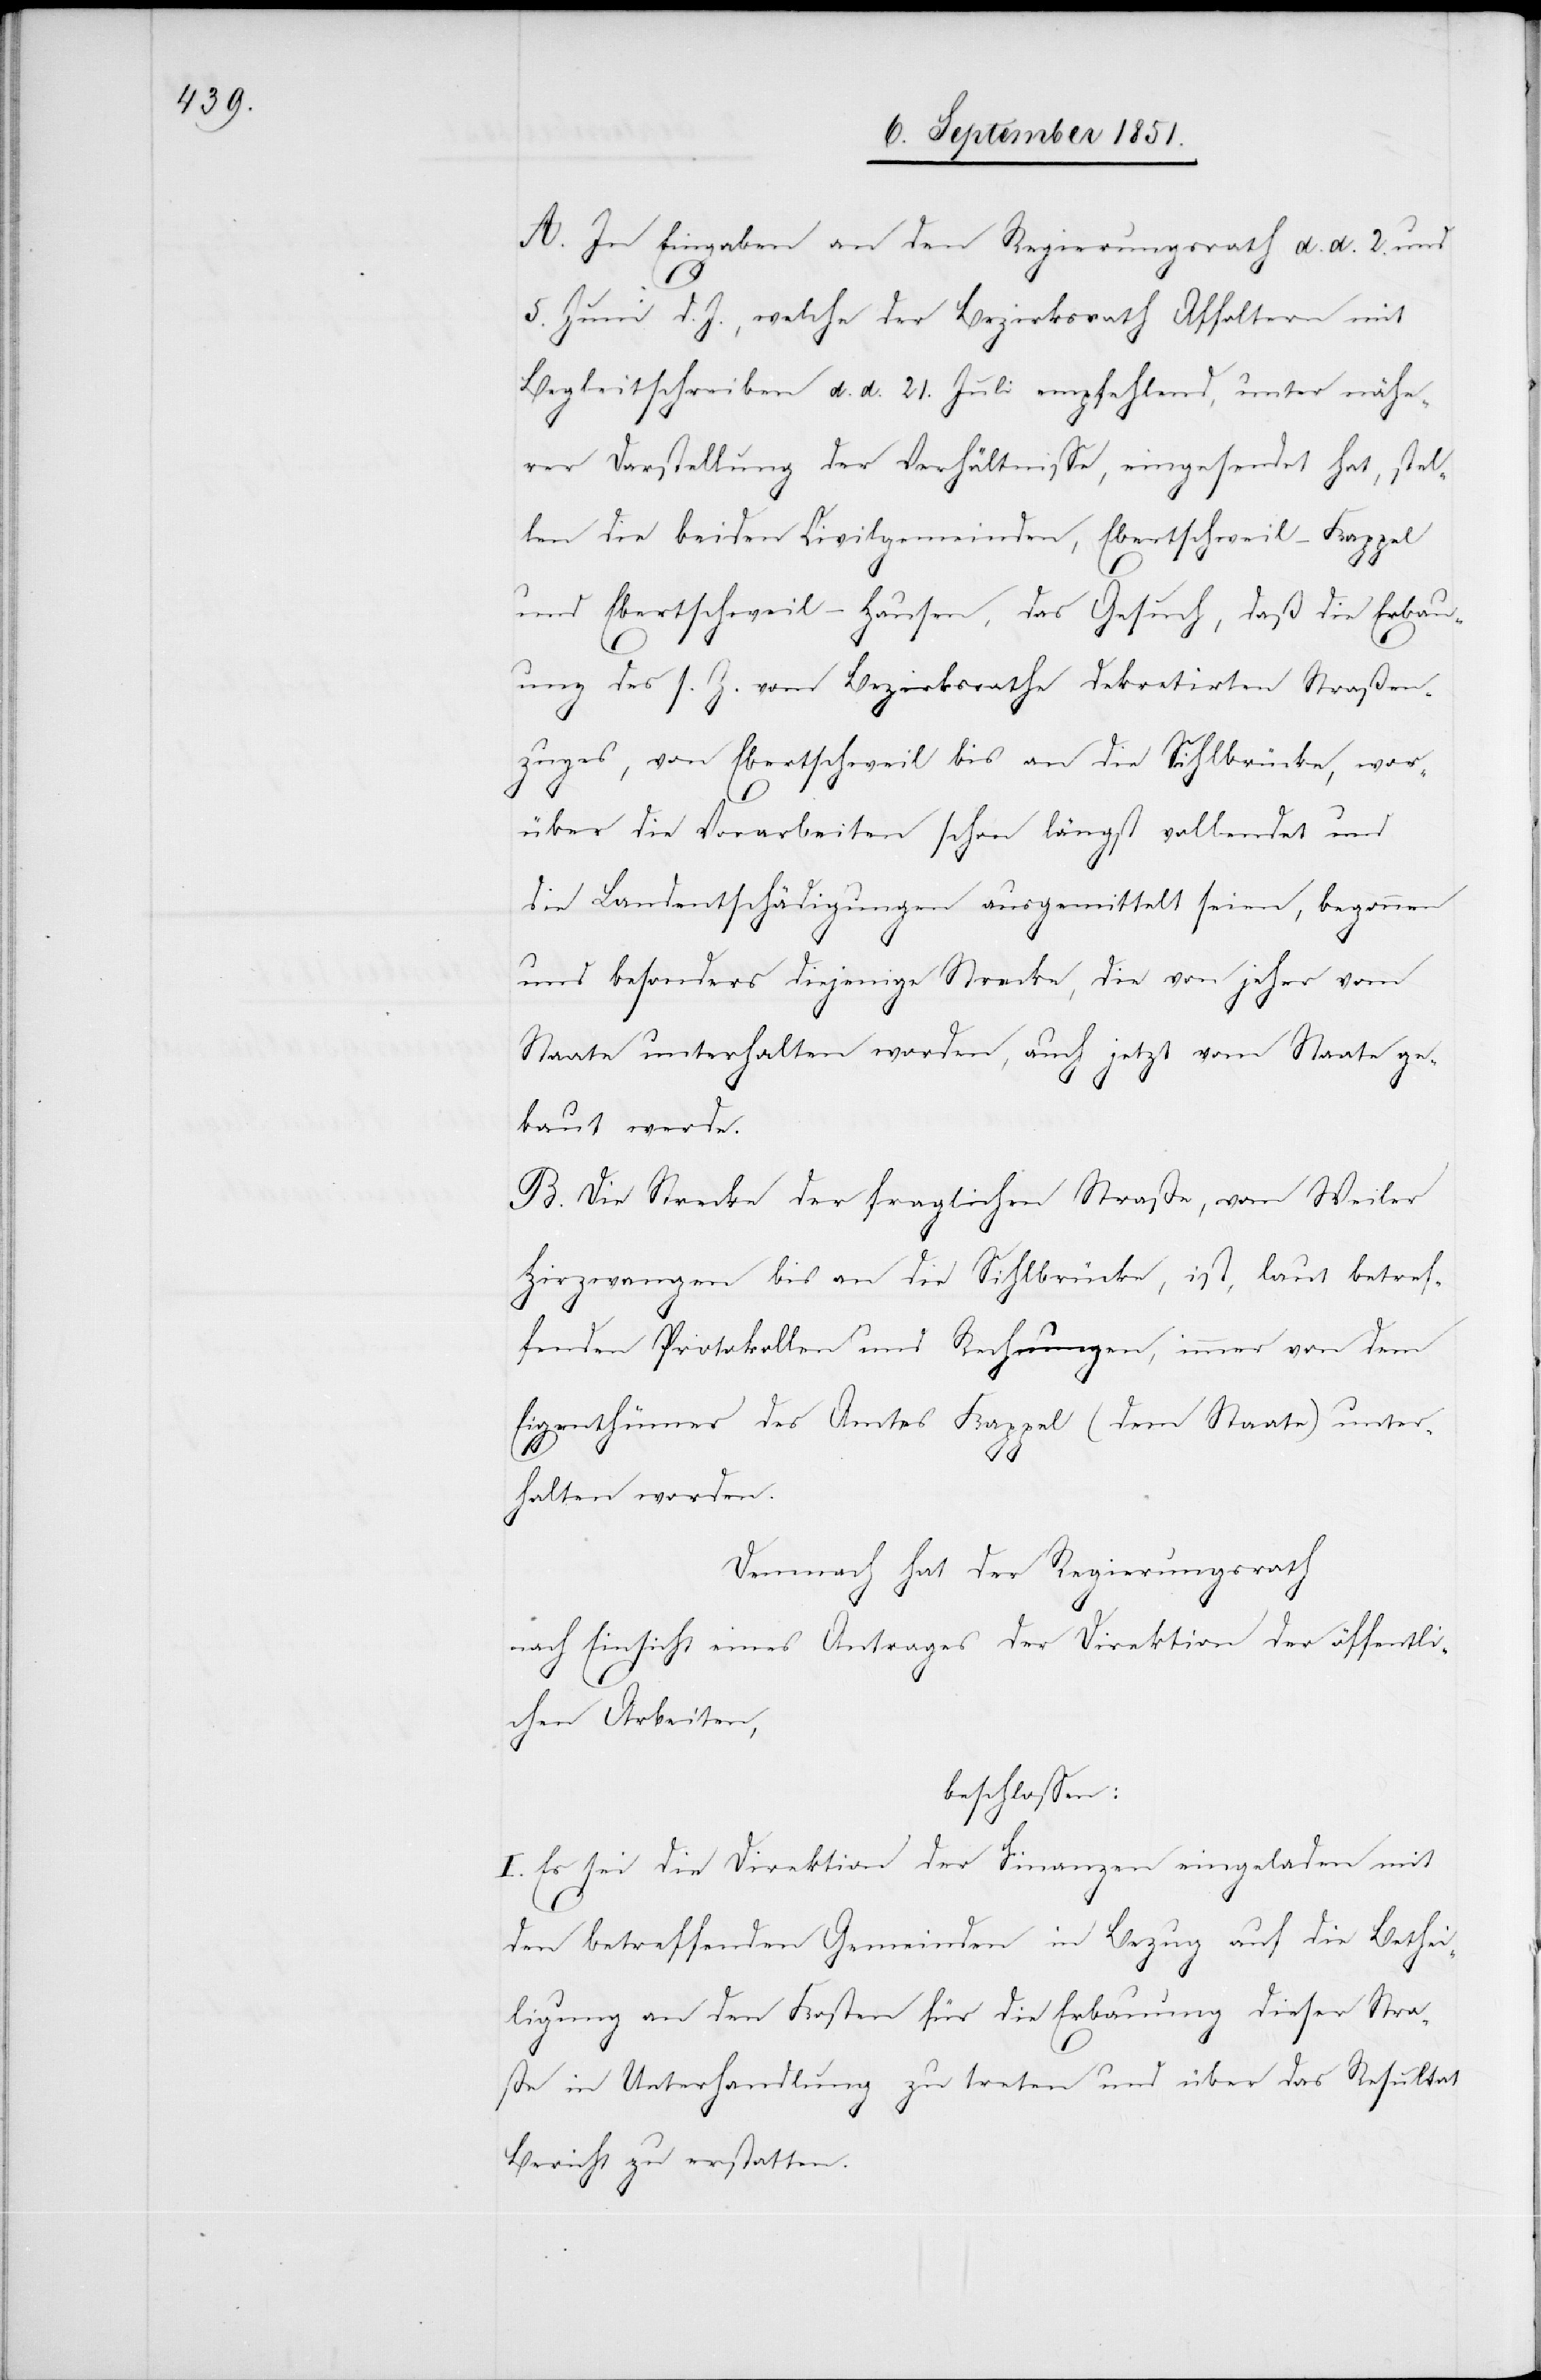
A. In Eingaben an den Regierungsrath d. d. 2. und
5. Juni d. J., welche der Bezirksrath Affoltern mit
Begleitschreiben d. d. 21. Juli empfehlend, unter nähe¬
rer Darstellung der Verhältnisse, eingesendet hat, stel¬
len die beiden Civilgemeinden, Ebertschweil-Kappel
und Ebertschweil-Hausen, das Gesuch, daß die Erbau¬
ung des s. Z. vom Bezirksrathe dekretirten Straßen¬
zuges, von Ebertschweil bis an die Sihlbrücke, wor¬
über die Vorarbeiten schon längst vollendet und
die Landentschädigungen ausgemittelt seien, begonnen
und besonders diejenige Strecke, die von jeher vom
Staate unterhalten worden, auch jetzt vom Staate ge¬
baut werde.
B. Die Strecke der fraglichen Straße, vom Weiler
Hirzwangen bis an die Sihlbrücke, ist, laut betref¬
fenden Protokollen und Rechnungen, immer von dem
Eigenthümer des Amtes Kappel (dem Staate) unter¬
halten worden.
Demnach hat der Regierungsrath
nach Einsicht eines Antrages der Direktion der öffentli¬
chen Arbeiten,
beschlossen:
I. Es sei die Direktion der Finanzen eingeladen mit
den betreffenden Gemeinden in Bezug auf die Bethei¬
ligung an den Kosten für die Erbauung dieser Stra¬
ße in Unterhandlung zu treten und über das Resultat
Bericht zu erstatten.